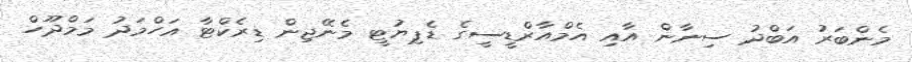
މެންބަރު އަބްދު ސިނާން އާއި އެމްއާރްޑީސީގެ ޑެޕިޔުޓީ މެނޭޖިން ޑިރެކްޓާ އަހްމަދު މަމްދޫހް